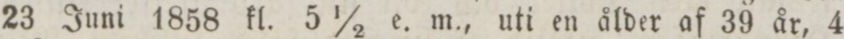
23 Juni 1858 kl. 5 ½ e. m., uti en ålder af 39 år, 4